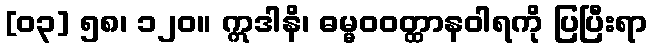
[၀၃] ၅၈၊ ၁၂၀။ ဣဒါနိ၊ ဓမ္မဝဝတ္ထာနဝါရကို ပြပြီးရာ